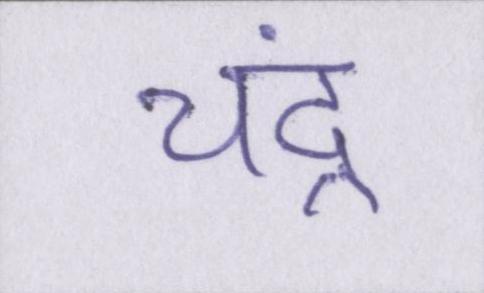
चंद्र